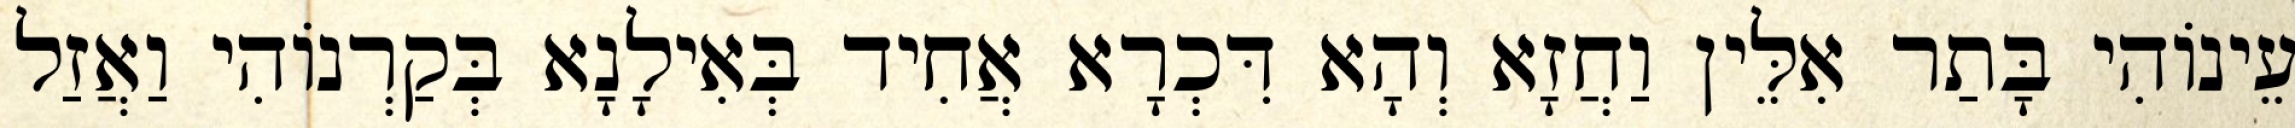
עֵינוֹהִי בָּתַר אִלֵּין וַחֲזָא וְהָא דִּכְרָא אֲחִיד בְּאִילָנָא בְּקַרְנוֹהִי וַאֲזַל